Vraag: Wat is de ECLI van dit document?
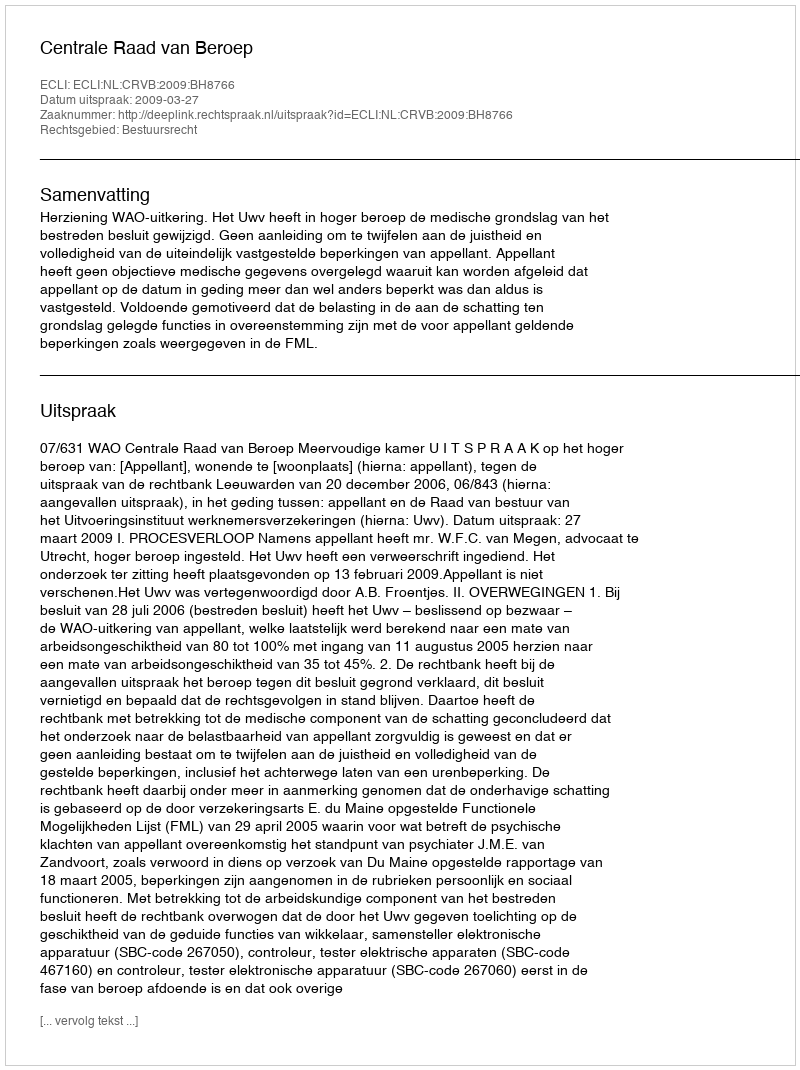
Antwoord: ECLI:NL:CRVB:2009:BH8766